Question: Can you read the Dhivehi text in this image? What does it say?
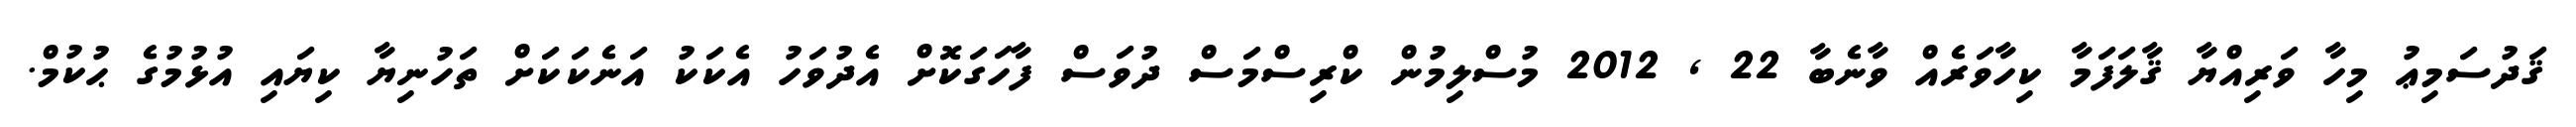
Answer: ޤަދުސަމިޢު މިހާ ވަރިއްޔާ ޤާލަފަމާ ކިހާވަރެއް ވާނެބާ 22 , 2012 މުސްލިމުން ކްރިސްމަސް ދުވަސް ފާހަގަކޮށް އެދުވަހު އެކަކު އަނެކަކަށް ތަހުނިޔާ ކިޔައި އުޅުމުގެ ޙުކުމް.